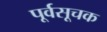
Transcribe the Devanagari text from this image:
पूर्वसूचक